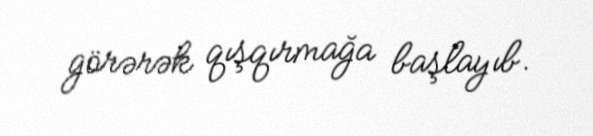
görərək qışqırmağa başlayıb.